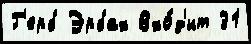
Г'ерб Эрбах Вхо́д'ит 31